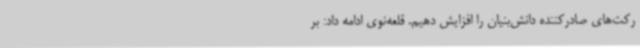
رکت‌های صادرکننده دانش‌بنیان را افزایش دهیم. قلعه‌نوی ادامه داد: بر